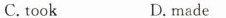
C. took D.made